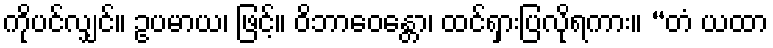
ကိုပင်လျှင်။ ဥပမာယ၊ ဖြင့်။ ဝိဘာဝေန္တော၊ ထင်ရှားပြလိုရကား။ “တံ ယထာ